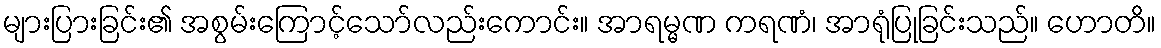
များပြားခြင်း၏ အစွမ်းကြောင့်သော်လည်းကောင်း။ အာရမ္မဏ ကရဏံ၊ အာရုံပြုခြင်းသည်။ ဟောတိ။